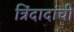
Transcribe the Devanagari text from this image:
त्रिंदादांची